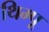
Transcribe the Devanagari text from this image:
थिम्पू